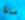
ماذا